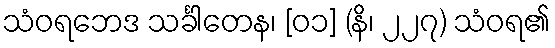
သံဝရဘေဒ သင်္ခါတေန၊ [၀၁] (နိ၊ ၂၂၇) သံဝရ၏